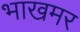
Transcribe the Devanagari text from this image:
भाखमर